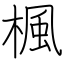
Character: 楓